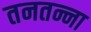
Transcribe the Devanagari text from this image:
तनतन्ना